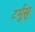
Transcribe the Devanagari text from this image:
टर्मूस्